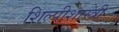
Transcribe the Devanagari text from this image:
शिल्पीशास्त्री